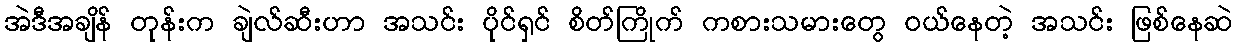
အဲဒီအချိန် တုန်းက ချဲလ်ဆီးဟာ အသင်း ပိုင်ရှင် စိတ်ကြိုက် ကစားသမားတွေ ၀ယ်နေတဲ့ အသင်း ဖြစ်နေဆဲ